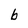
Character: b